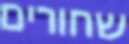
שחורים